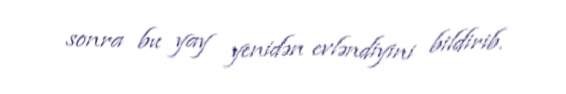
sonra bu yay yenidən evləndiyini bildirib.